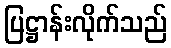
ပြဋ္ဌာန်းလိုက်သည်